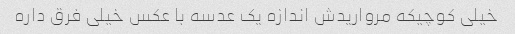
خیلی کوچیکه مرواریدش اندازه یک عدسه با عکس خیلی فرق داره